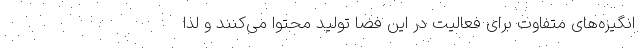
انگیزه‌های متفاوت برای فعالیت در این فضا تولید محتوا می‌کنند و لذا